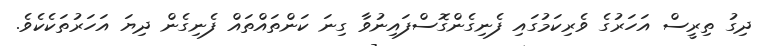
ދިގު ތިރީސް އަހަރުގެ ވެރިކަމުގައި ފެނިގެންގޮސްފައިނުވާ ގިނަ ކަންތައްތައް ފެނިގެން ދިޔަ އަހަރުތަކެކެވެ.